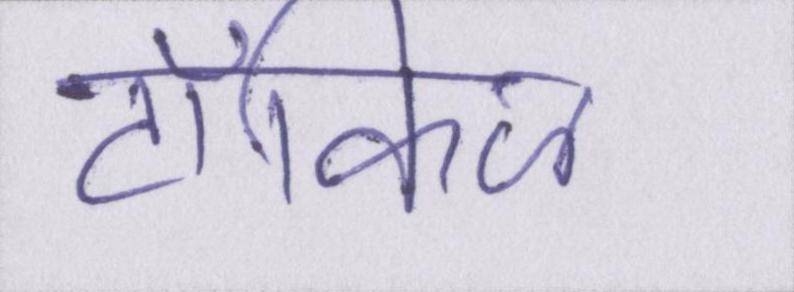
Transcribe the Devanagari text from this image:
टॉकिज